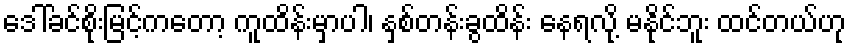
ဒေါ်ခင်စိုးမြင့်ကတော့ ကူထိန်းမှာပါ၊ နှစ်တန်းခွထိန်း နေရလို့ မနိုင်ဘူး ထင်တယ်ဟု